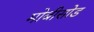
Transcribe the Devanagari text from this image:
मोबीसोड